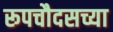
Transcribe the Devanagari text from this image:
रूपचौदसच्या